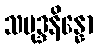
သမုဒ္ဒနိန္နော